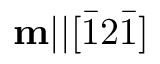
\mathbf { m } | | [ \bar { 1 } 2 \bar { 1 } ]